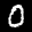
Label: 0